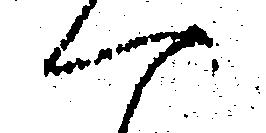
へ